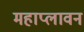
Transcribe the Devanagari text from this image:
महाप्लावन